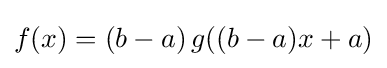
f(x)=(b-a)\,g((b-a)x+a)